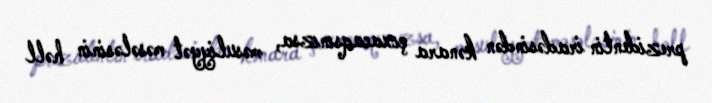
prezidentin iradəsindən kənara çıxacaqsınızsa, məsuliyyət məsələsinin həll